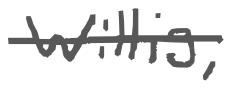
Text: Willis,
Cross-out: single-line
Writing tool: digital_gray